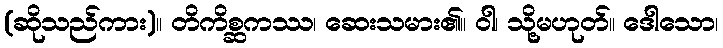
(ဆိုသည်ကား)။ တိကိစ္ဆကဿ၊ ဆေးသမား၏။ ဝါ၊ သို့မဟုတ်။ ဒေါသော၊